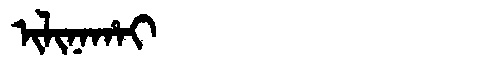
Manchu: ᡳᠯᡳᠨᠠᡥᠠᡳ
Romanization: ILINAHAI